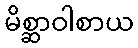
မိစ္ဆာဝါစာယ